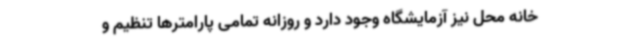
خانه محل نیز آزمایشگاه وجود دارد و روزانه تمامی پارامترها تنظیم و